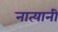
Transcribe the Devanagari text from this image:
नात्यानी